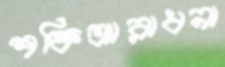
শক্তিআরাধনা